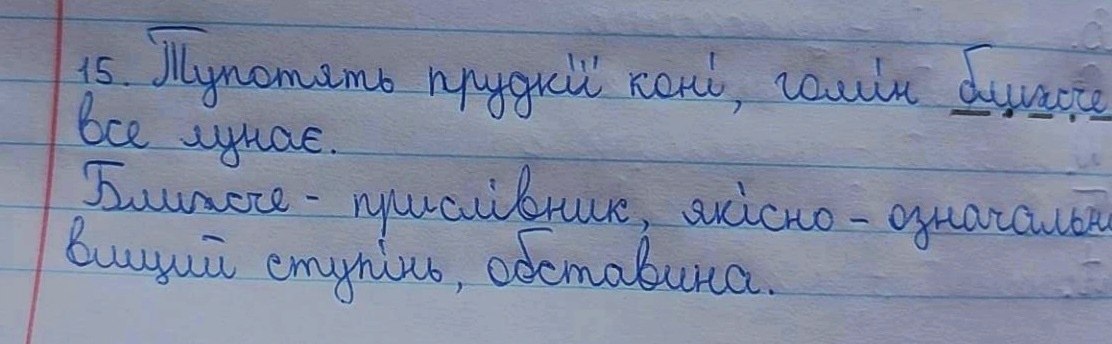
15. Тупотять прудкії коні, гомін ближче
все лунає.
Ближче - прислівник, якісно - означальн
вищий ступінь, обставина.